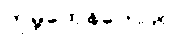
ကုမ္ဘထေနကေဟိ